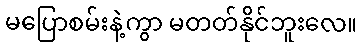
မပြောစမ်းနဲ့ကွာ မတတ်နိုင်ဘူးလေ။